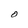
Character: O